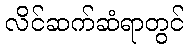
လိင်ဆက်ဆံရာတွင်